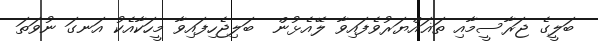
ބަލީގެ ޖަރާސީމާއި ތަޣައްޔަރުވެފައިވާ ލޭއެޅުން  ބަލިޖެހިފައިވާ މީހަކާއެކު އަނގަ ނުވަތަ